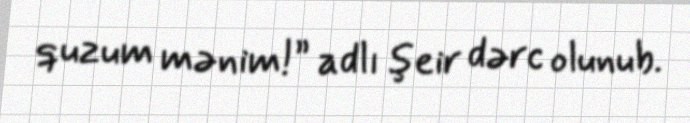
quzum mənim!” adlı şeir dərc olunub.